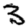
Digit: 3